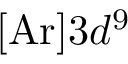
[ \mathrm { A r } ] 3 d ^ { 9 }